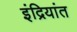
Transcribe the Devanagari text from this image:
इंद्रियांत